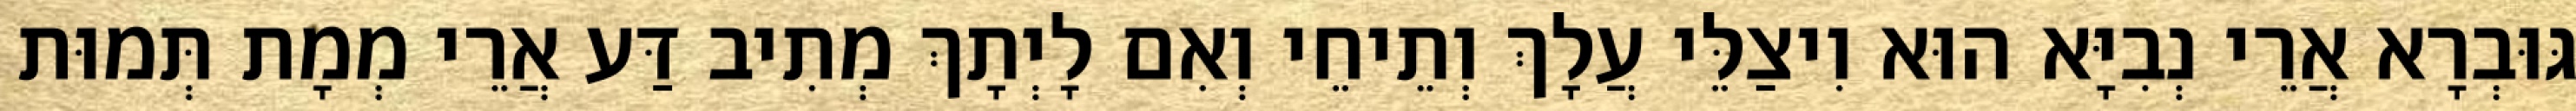
גּוּבְרָא אֲרֵי נְבִיָּא הוּא וִיצַלֵּי עֲלָךְ וְתֵיחֵי וְאִם לָיְתָךְ מְתִיב דַּע אֲרֵי מְמָת תְּמוּת